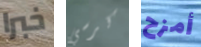
خبرا كرسي أمزح